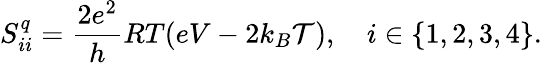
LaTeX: S_{ii}^{q}=\frac{2e^{2}}{h}RT(eV-2k_{B}\mathcal{T}),\quad i\in\{ 1,2,3,4\} .